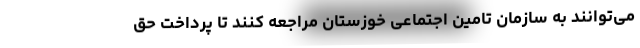
می‌توانند به سازمان تامین اجتماعی خوزستان مراجعه کنند تا پرداخت حق